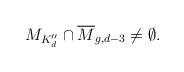
LaTeX: \begin{align*}M_{K''_d} \cap \overline{M}_{g,d-3} \not = \emptyset.\end{align*}